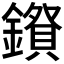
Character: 𮣅